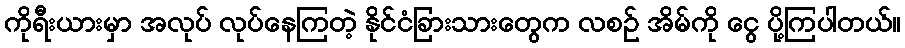
ကိုရီးယားမှာ အလုပ် လုပ်နေကြတဲ့ နိုင်ငံခြားသားတွေက လစဉ် အိမ်ကို ငွေ ပို့ကြပါတယ်။